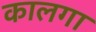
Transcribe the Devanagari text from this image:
कालगा